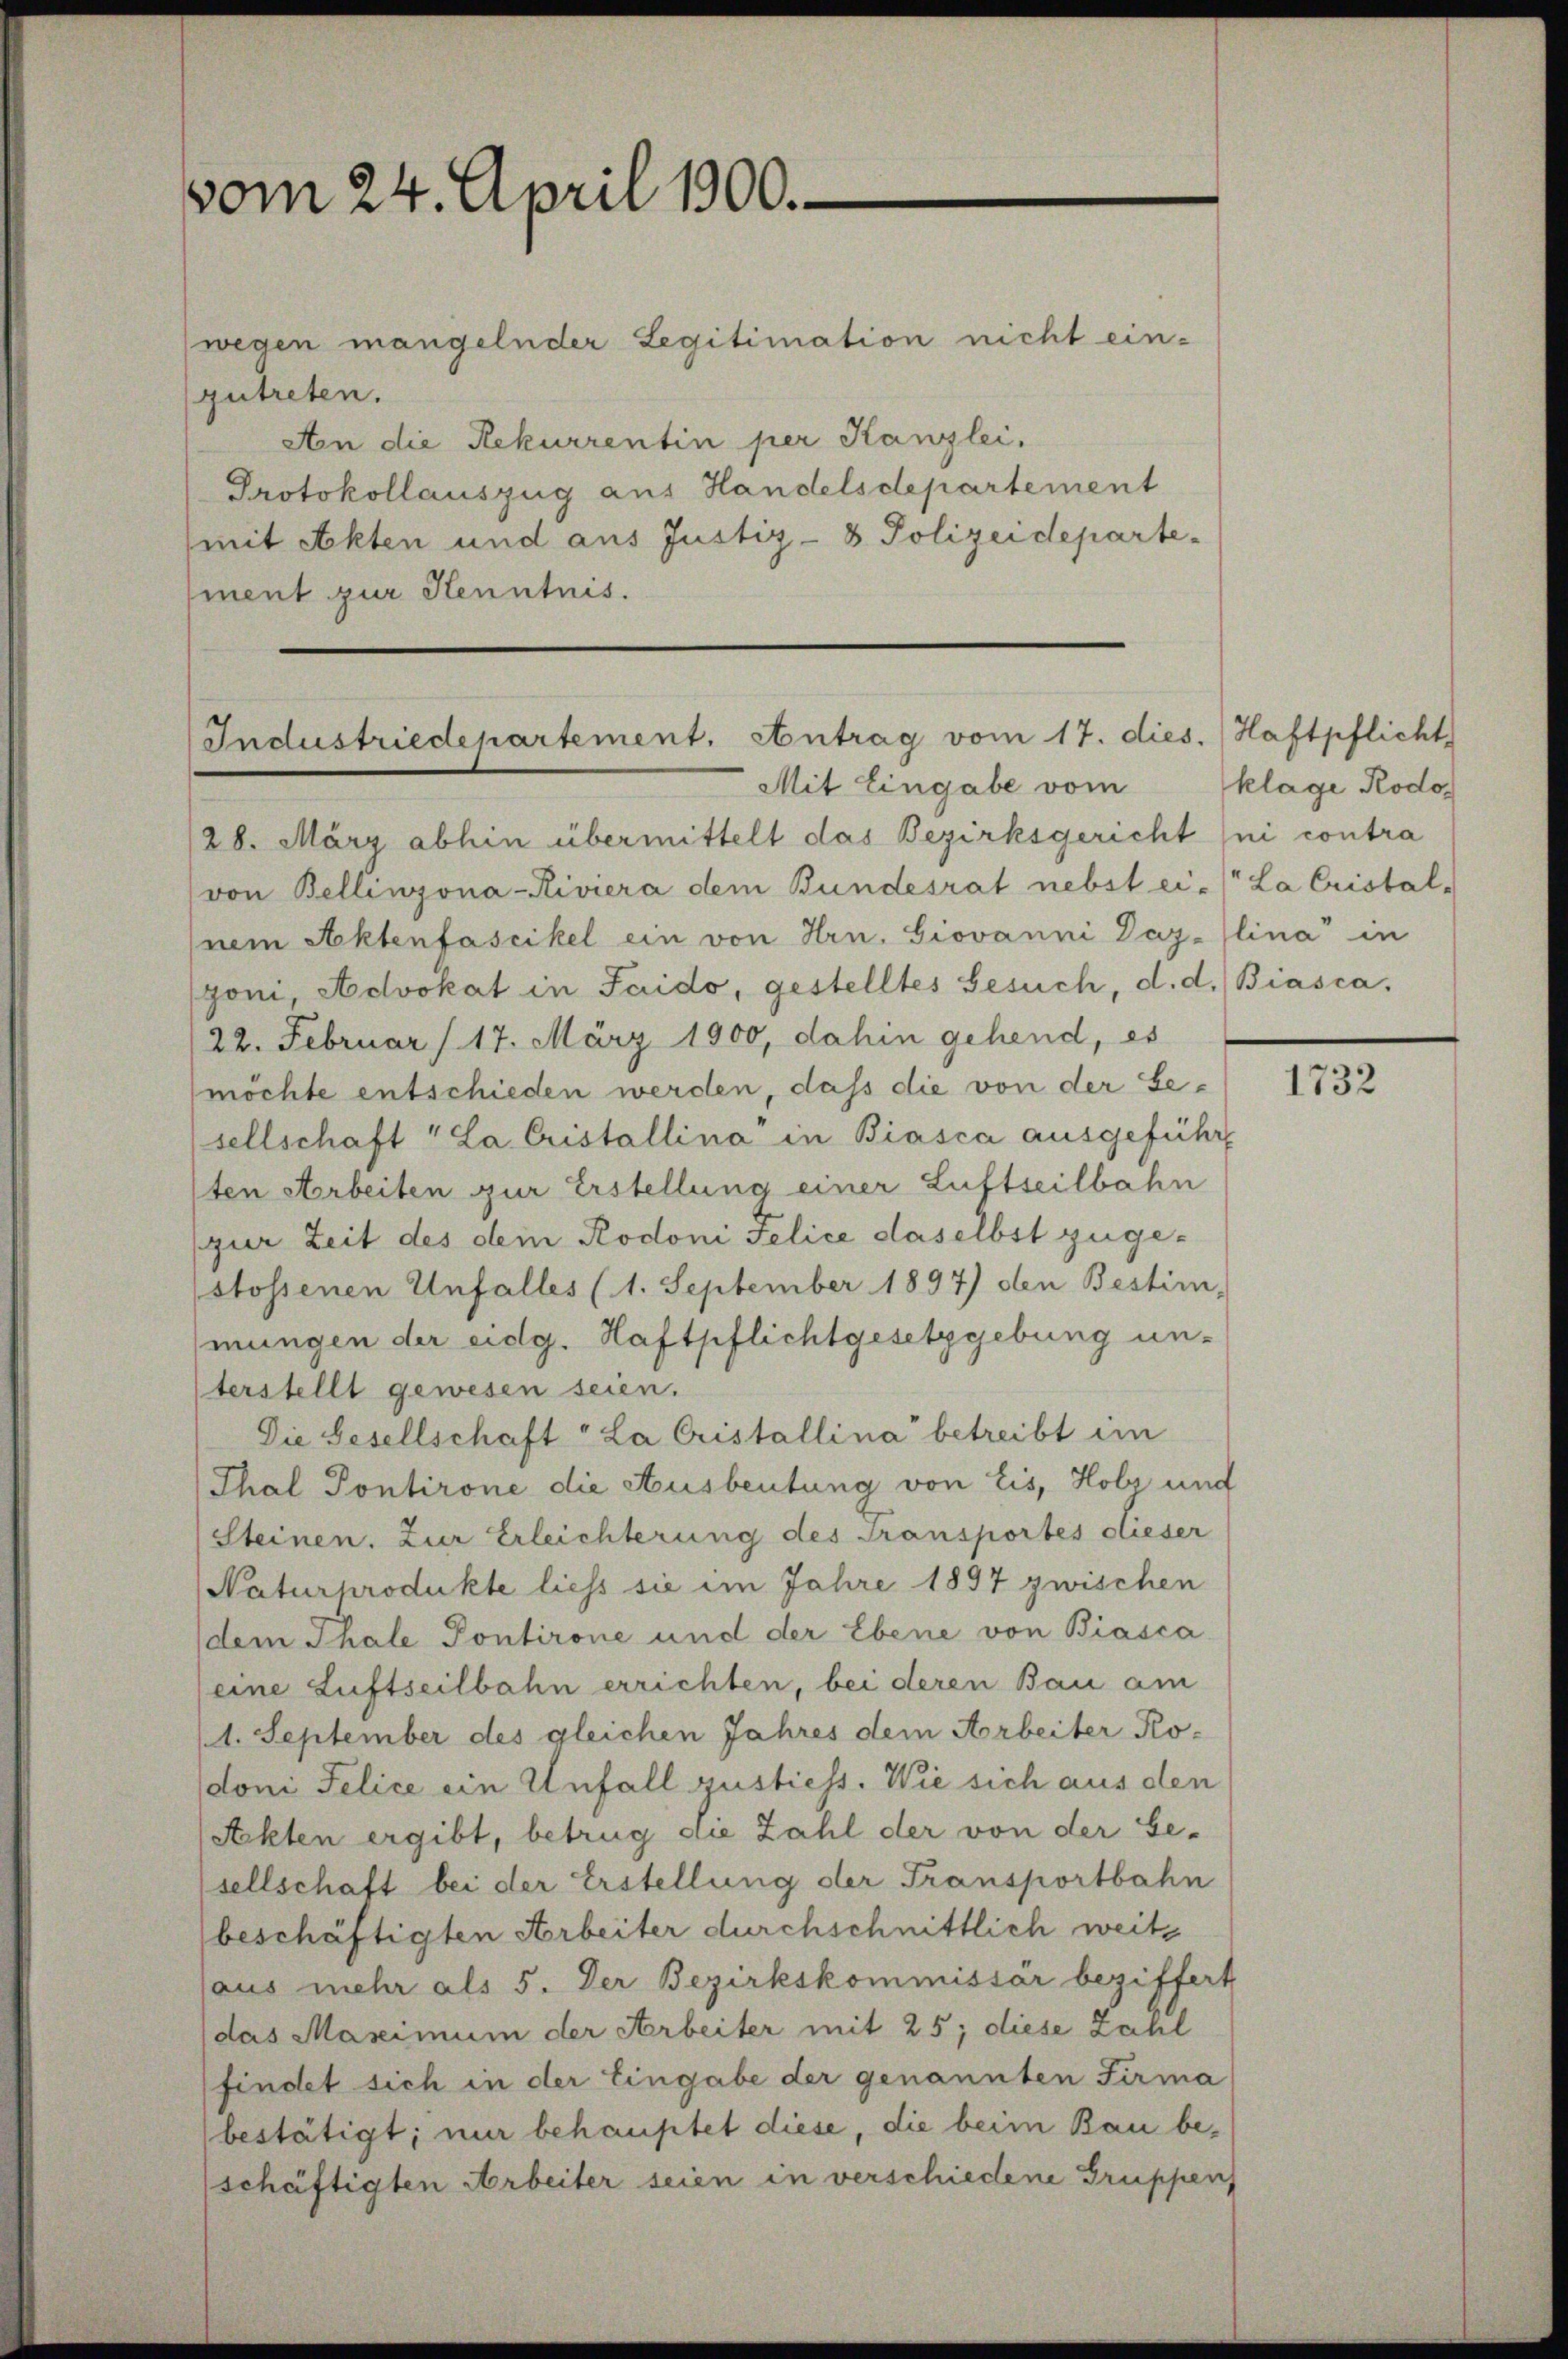
vom 24. April 1900.

wegen mangelnder Legitimation nicht ein-
zutreten.
An die Rekurrentin per Kanzlei.
Protokollauszug aus Handelsdepartement
(mit Akten und aus Justiz- & Polizeidepartement zur Kenntnis.

Industriedepartement. Antrag vom 17. dies.
Mit Eingabe vom

28. März abhin übermittelt das Bezirksgericht ni contra
(von Bellinzona-Riviera dem Bundesrat nebst ei- La Cristal-
uem Aktenfascikel ein von Hrn. Giovanni Daz-lina“ in
goni Advokat in Saido, gestelltes Gesuch, d. d. Biasca,
22. Februar (17. März 1900, dahin gehend, es
möchte entschieden werden, dass die von der Gesellschaft "La Cristallina“ in Biasca ausgeführt
sten Arbeiten zur Erstellung einer Luftseilbahn
(zur Zeit des dem Rodoni Felice daselbst zuge¬
(stossenen Unfalles (1. September 1897) den Bestim-
mungen der eidg. Haftpflichtgesetzgebung unterstellt gewesen seien.
Die Gesellschaft "La Cristallina“ betreibt im
Thal Pontirone die Ausbeutung von Eis, Holz und
Steinen. Zur Erleichterung des Transportes dieser
Naturprodukte liess sie im Jahre 1897 zwischen
(dem Thale Pontirone und der Ebene von Biasca
eine Luftseilbahn errichten, bei deren Bau am
(1. September des gleichen Jahres dem Arbeiter Ko-
doni Felice ein Unfall gustiess. Wie sich aus den
Ackten ergibt, betrug die Zahl der von der Ge-
sellschaft bei der Erstellung der Transportbahn
beschäftigten Arbeiter durchschnittlich weits
laus mehr als 5. Der Bezirkskommissär beziffert
das Maximum der Arbeiter mit 25; diese Zahl
findet sich in der Eingabe der genannten Firma
bestätigt; nur behauptet diese, die beim Bau beschäftigten Arbeiter seien in verschiedene Gruppen

Haftpflicht
klage Rodo

1732